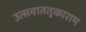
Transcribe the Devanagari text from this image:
उत्सवाततुकाराम